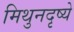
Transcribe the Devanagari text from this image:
मिथुनदृष्ये